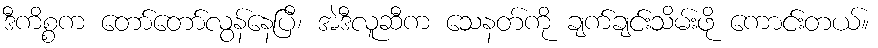
ဒီကိစ္စက တော်တော်လွန်နေပြီ၊ အဲဒီလူဆီက သေနတ်ကို ချက်ချင်းသိမ်းဖို ကောင်းတယ်။